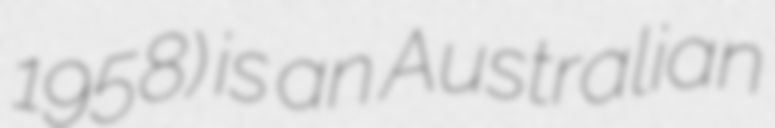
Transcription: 1958) is an Australian